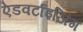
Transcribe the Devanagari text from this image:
ऐडवर्टाइजिंग